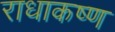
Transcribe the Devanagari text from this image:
राधाकष्‍ण